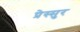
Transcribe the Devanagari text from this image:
प्रेस्सुर